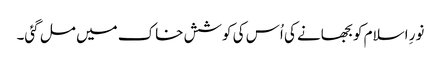
نورِ اسلام کو بجھانے کی اُس کی کوشش خاک میں مل گئی۔